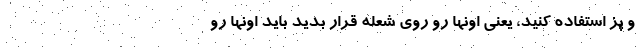
و پز استفاده کنید، یعنی اونها رو روی شعله قرار بدید باید اونها رو